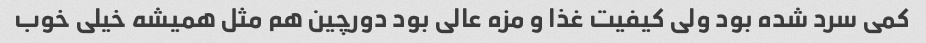
کمی سرد شده بود ولی کیفیت غذا و مزه عالی بود دورچین هم مثل همیشه خیلی خوب